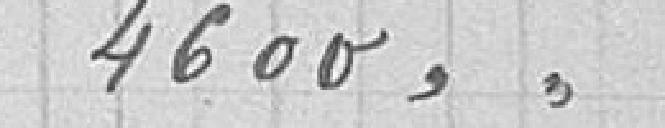
4600